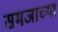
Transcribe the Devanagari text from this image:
समजाच्या